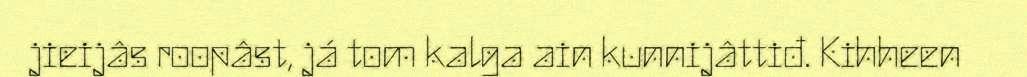
jieijâs roopâst, já tom kalga ain kunnijâttiđ. Kihheen